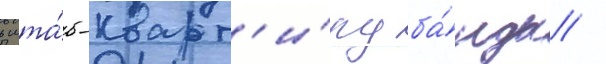
в шта́б-кварт'и́ру ба́нды /